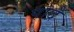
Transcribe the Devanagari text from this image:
पाद्रे